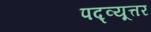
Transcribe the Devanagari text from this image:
पद्व्यूत्तर